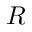
R